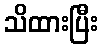
သိထားပြီး